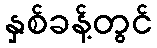
နှစ်ခန့်တွင်